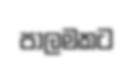
පාලමකට